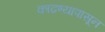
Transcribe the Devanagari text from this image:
काढण्यापासून